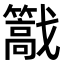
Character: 𢨠